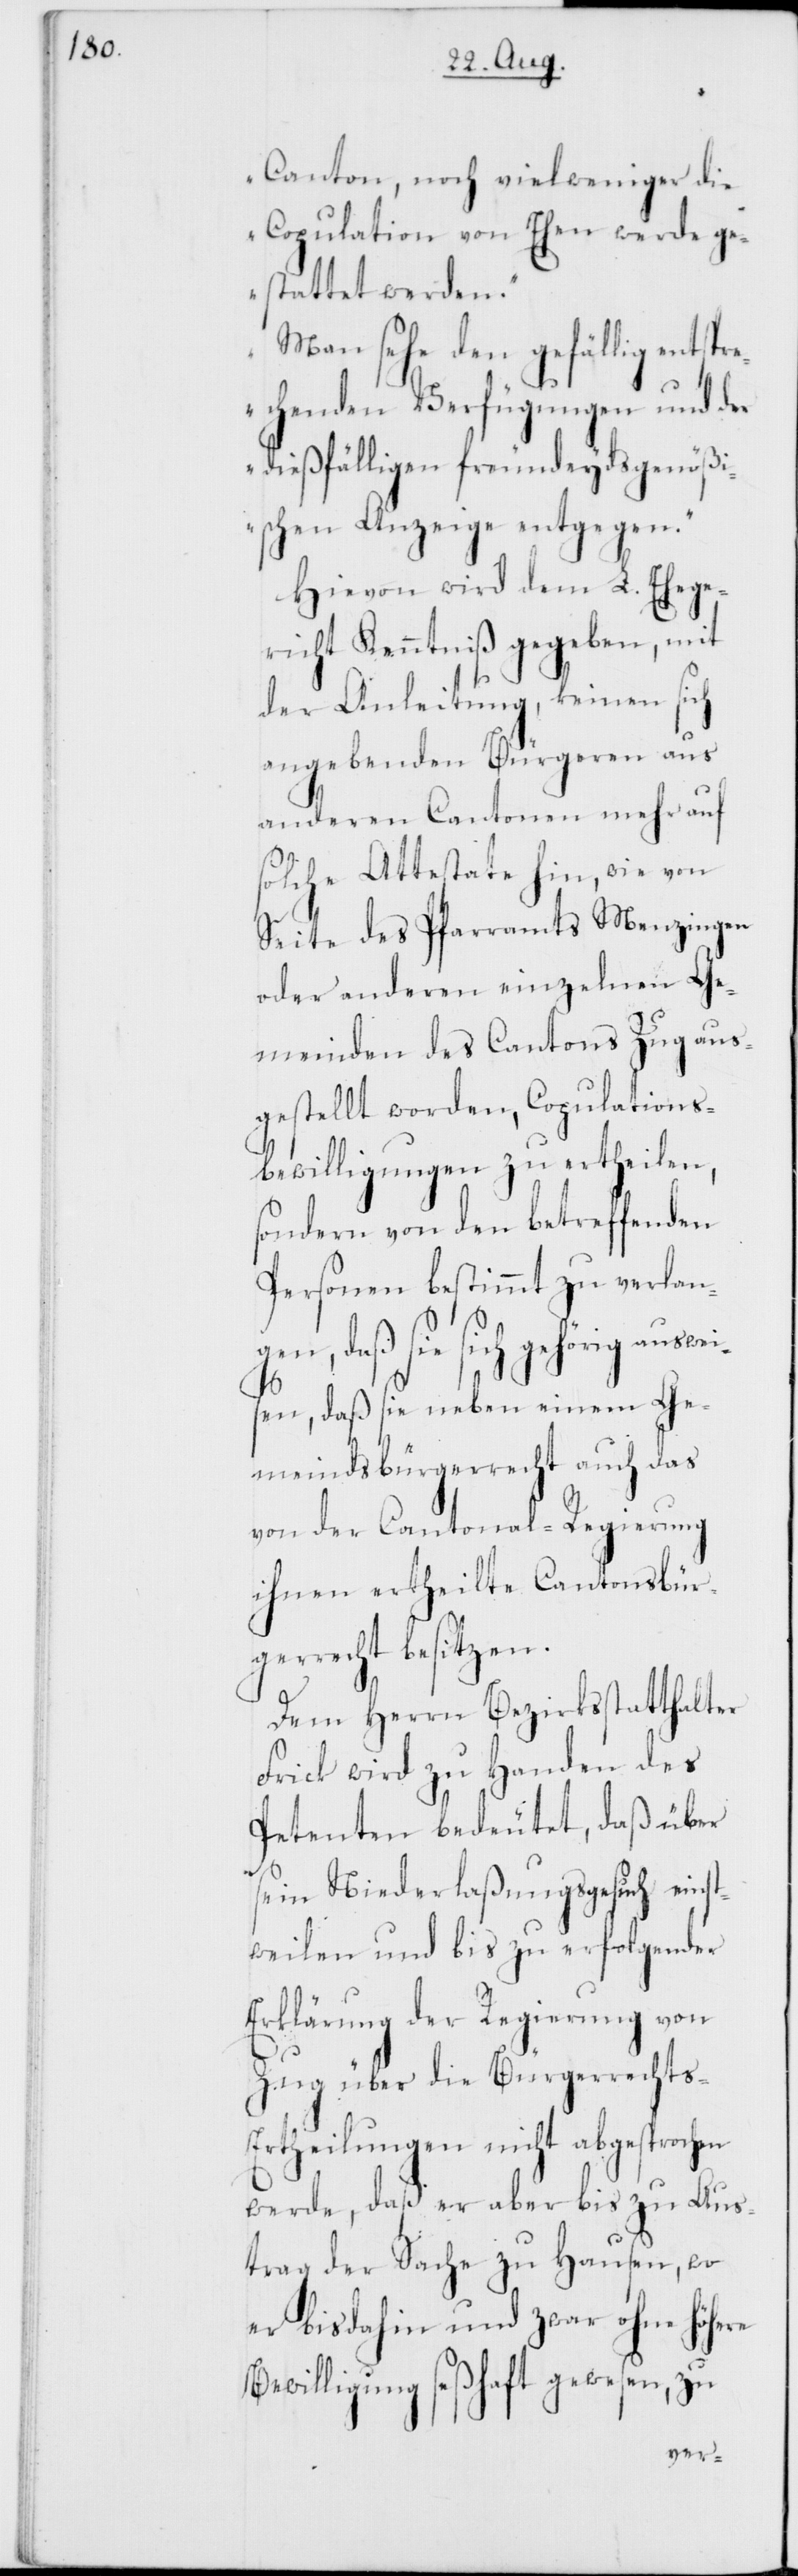
Canton, noch viel weniger die
Copulation von Ehen werde ge¬
stattet werden.“
„Man sehe den gefällig entspr¬
echenden Verfügungen und der
dießfälligen freundeydsgenößi¬
schen Anzeige entgegen.“
Hievon wird dem L. Ehege¬
richt Kenntniß gegeben, mit
der Anleitung, keinen si¬
ch angebenden Bürgeren aus
anderen Cantonen mehr auf
solche Attestate hin, wie von
Seite des Pfarramts Menzingen
oder anderen einzelnen Ge¬
meinden des Cantons Zug aus¬
gestellt worden, Copulations¬
bewilligungen zu ertheilen,
sondern von den betreffenden
Personen bestimmt zu verlan¬
gen, daß sie sich gehörig ausw¬
eisen, daß sie neben einem Ge¬
meindsbürgerrecht auch das
von der Cantonal-Regierung
ihnen ertheilte Cantonsbür¬
gerrecht besitzen.
Dem Herrn Bezirksstatthalter
Frick wird zu Handen des
Petenten bedeutet, daß über
sein Niederlaßungsgesuch einst¬
weilen und bis zu erfolgender
Erklärung der Regierung von
Zug über die Bürgerrechts-E¬
rtheilungen nicht abgesprochen
werde, daß er aber bis zu Aus¬
trag der Sache zu Hausen, wo
er bis dahin und zwar ohne höhere
Bewilligung seßhaft gewesen, zu